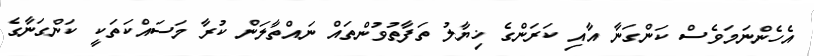
އެހެންނަމަވެސް ކަންގަނާ އާއި ކަރަންގެ ޚިޔާލު ތަފާތުވުންތައް ނައްތާލަން ކުރާ މަސައްކަތަކީ ކަންގަނާގެ